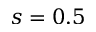
s = 0 . 5